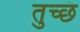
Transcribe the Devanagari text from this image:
तुच्छं